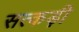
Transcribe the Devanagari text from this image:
सत्कड़ी